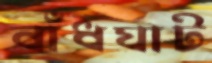
বাঁধঘাট